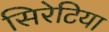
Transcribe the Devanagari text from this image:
सिरेटिया